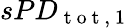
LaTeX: sPD_{\mathrm{~t~o~t~,~1~}}